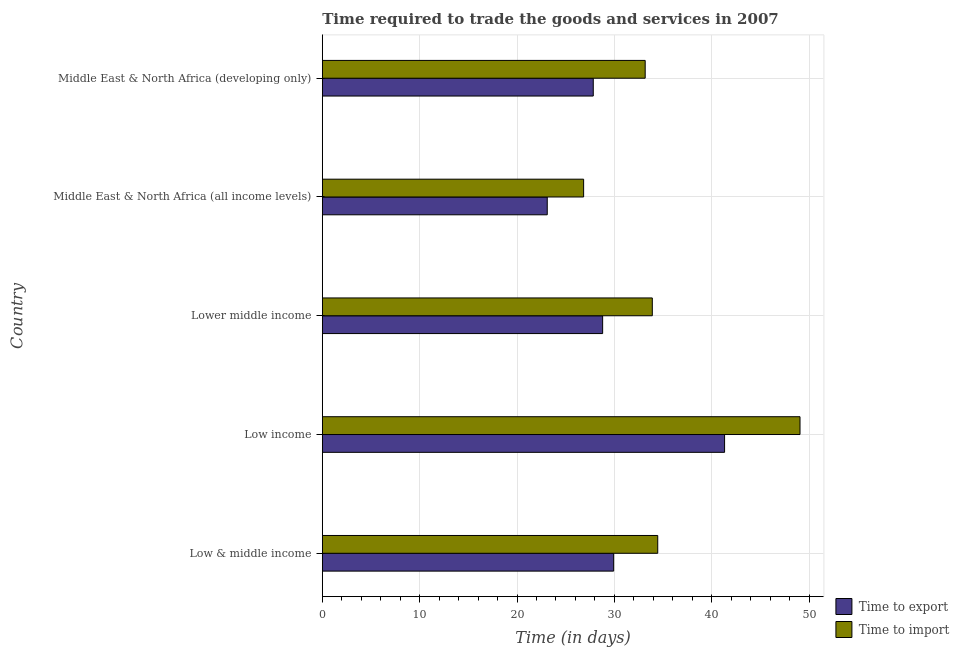
| Country | Time to export | Time to import |
 | --- | --- | --- |
 | Low & middle income | 29.9 | 34.5 |
 | Low income | 41.3 | 49.1 |
 | Lower middle income | 28.8 | 33.9 |
 | Middle East & North Africa (all income levels) | 23.1 | 26.8 |
 | Middle East & North Africa (developing only) | 27.8 | 33.2 |